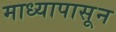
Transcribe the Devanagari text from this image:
माध्यापासून